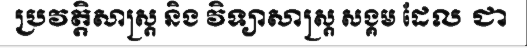
ប្រវត្តិសាស្ត្រ និង វិទ្យាសាស្ត្រ សង្គម ដែល ជា